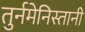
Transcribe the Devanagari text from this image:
तुर्नमेनिस्तानी